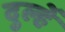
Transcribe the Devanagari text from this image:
दुल्हेँ